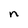
Character: n